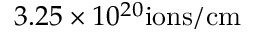
3 . 2 5 \times 1 0 ^ { 2 0 } \mathrm { i o n s / c m }